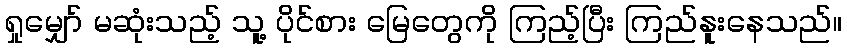
ရှုမျှော် မဆုံးသည့် သူ့ ပိုင်စား မြေတွေကို ကြည့်ပြီး ကြည်နူးနေသည်။